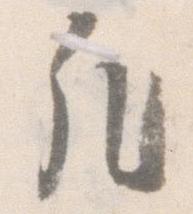
凡